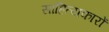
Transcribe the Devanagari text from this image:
साहित्‍यकारों